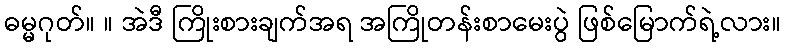
ဓမ္မဂုတ်။ ။ အဲဒီ ကြိုးစားချက်အရ အကြိုတန်းစာမေးပွဲ ဖြစ်မြောက်ရဲ့လား။